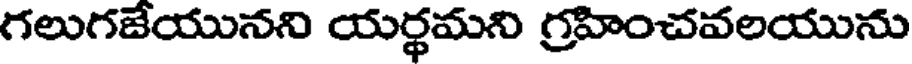
గలుగజేయునని యర్థమని గ్రహించవలయును